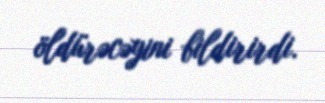
öldürəcəyini bildirirdi.